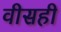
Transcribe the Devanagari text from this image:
वीसही